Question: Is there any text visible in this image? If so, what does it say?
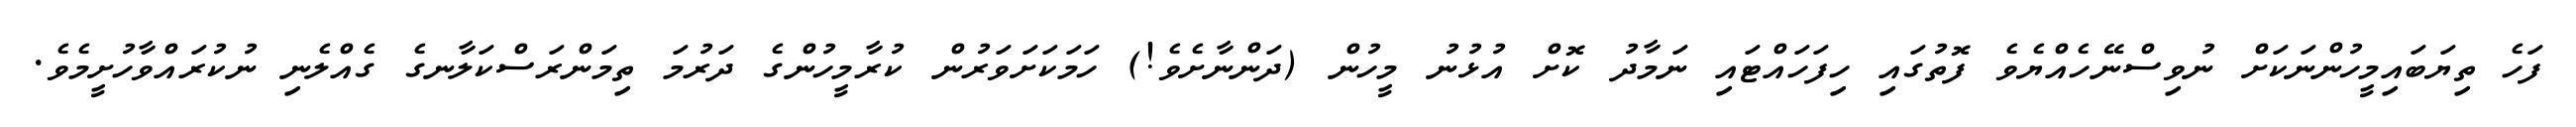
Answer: ފަހެ ތިޔަބައިމީހުންނަކަށް ނުވިސްނޭހެއްޔެވެ ފޮތުގައި ހިފަހައްޓައި ނަމާދު ކޮށް އުޅުނު މީހުން (ދަންނާށެވެ!) ހަމަކަށަވަރުން ކުރާމީހުންގެ ދަރުމަ ތިމަންރަސްކަލާނގެ ގެއްލެނި ނުކުރައްވާހުށީމެވެ.